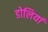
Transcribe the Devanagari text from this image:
डोलियां